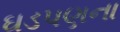
ઘડપણના